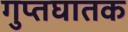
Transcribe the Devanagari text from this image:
गुप्तघातक